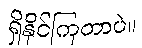
ရှိနိုင်ကြတာပဲ။